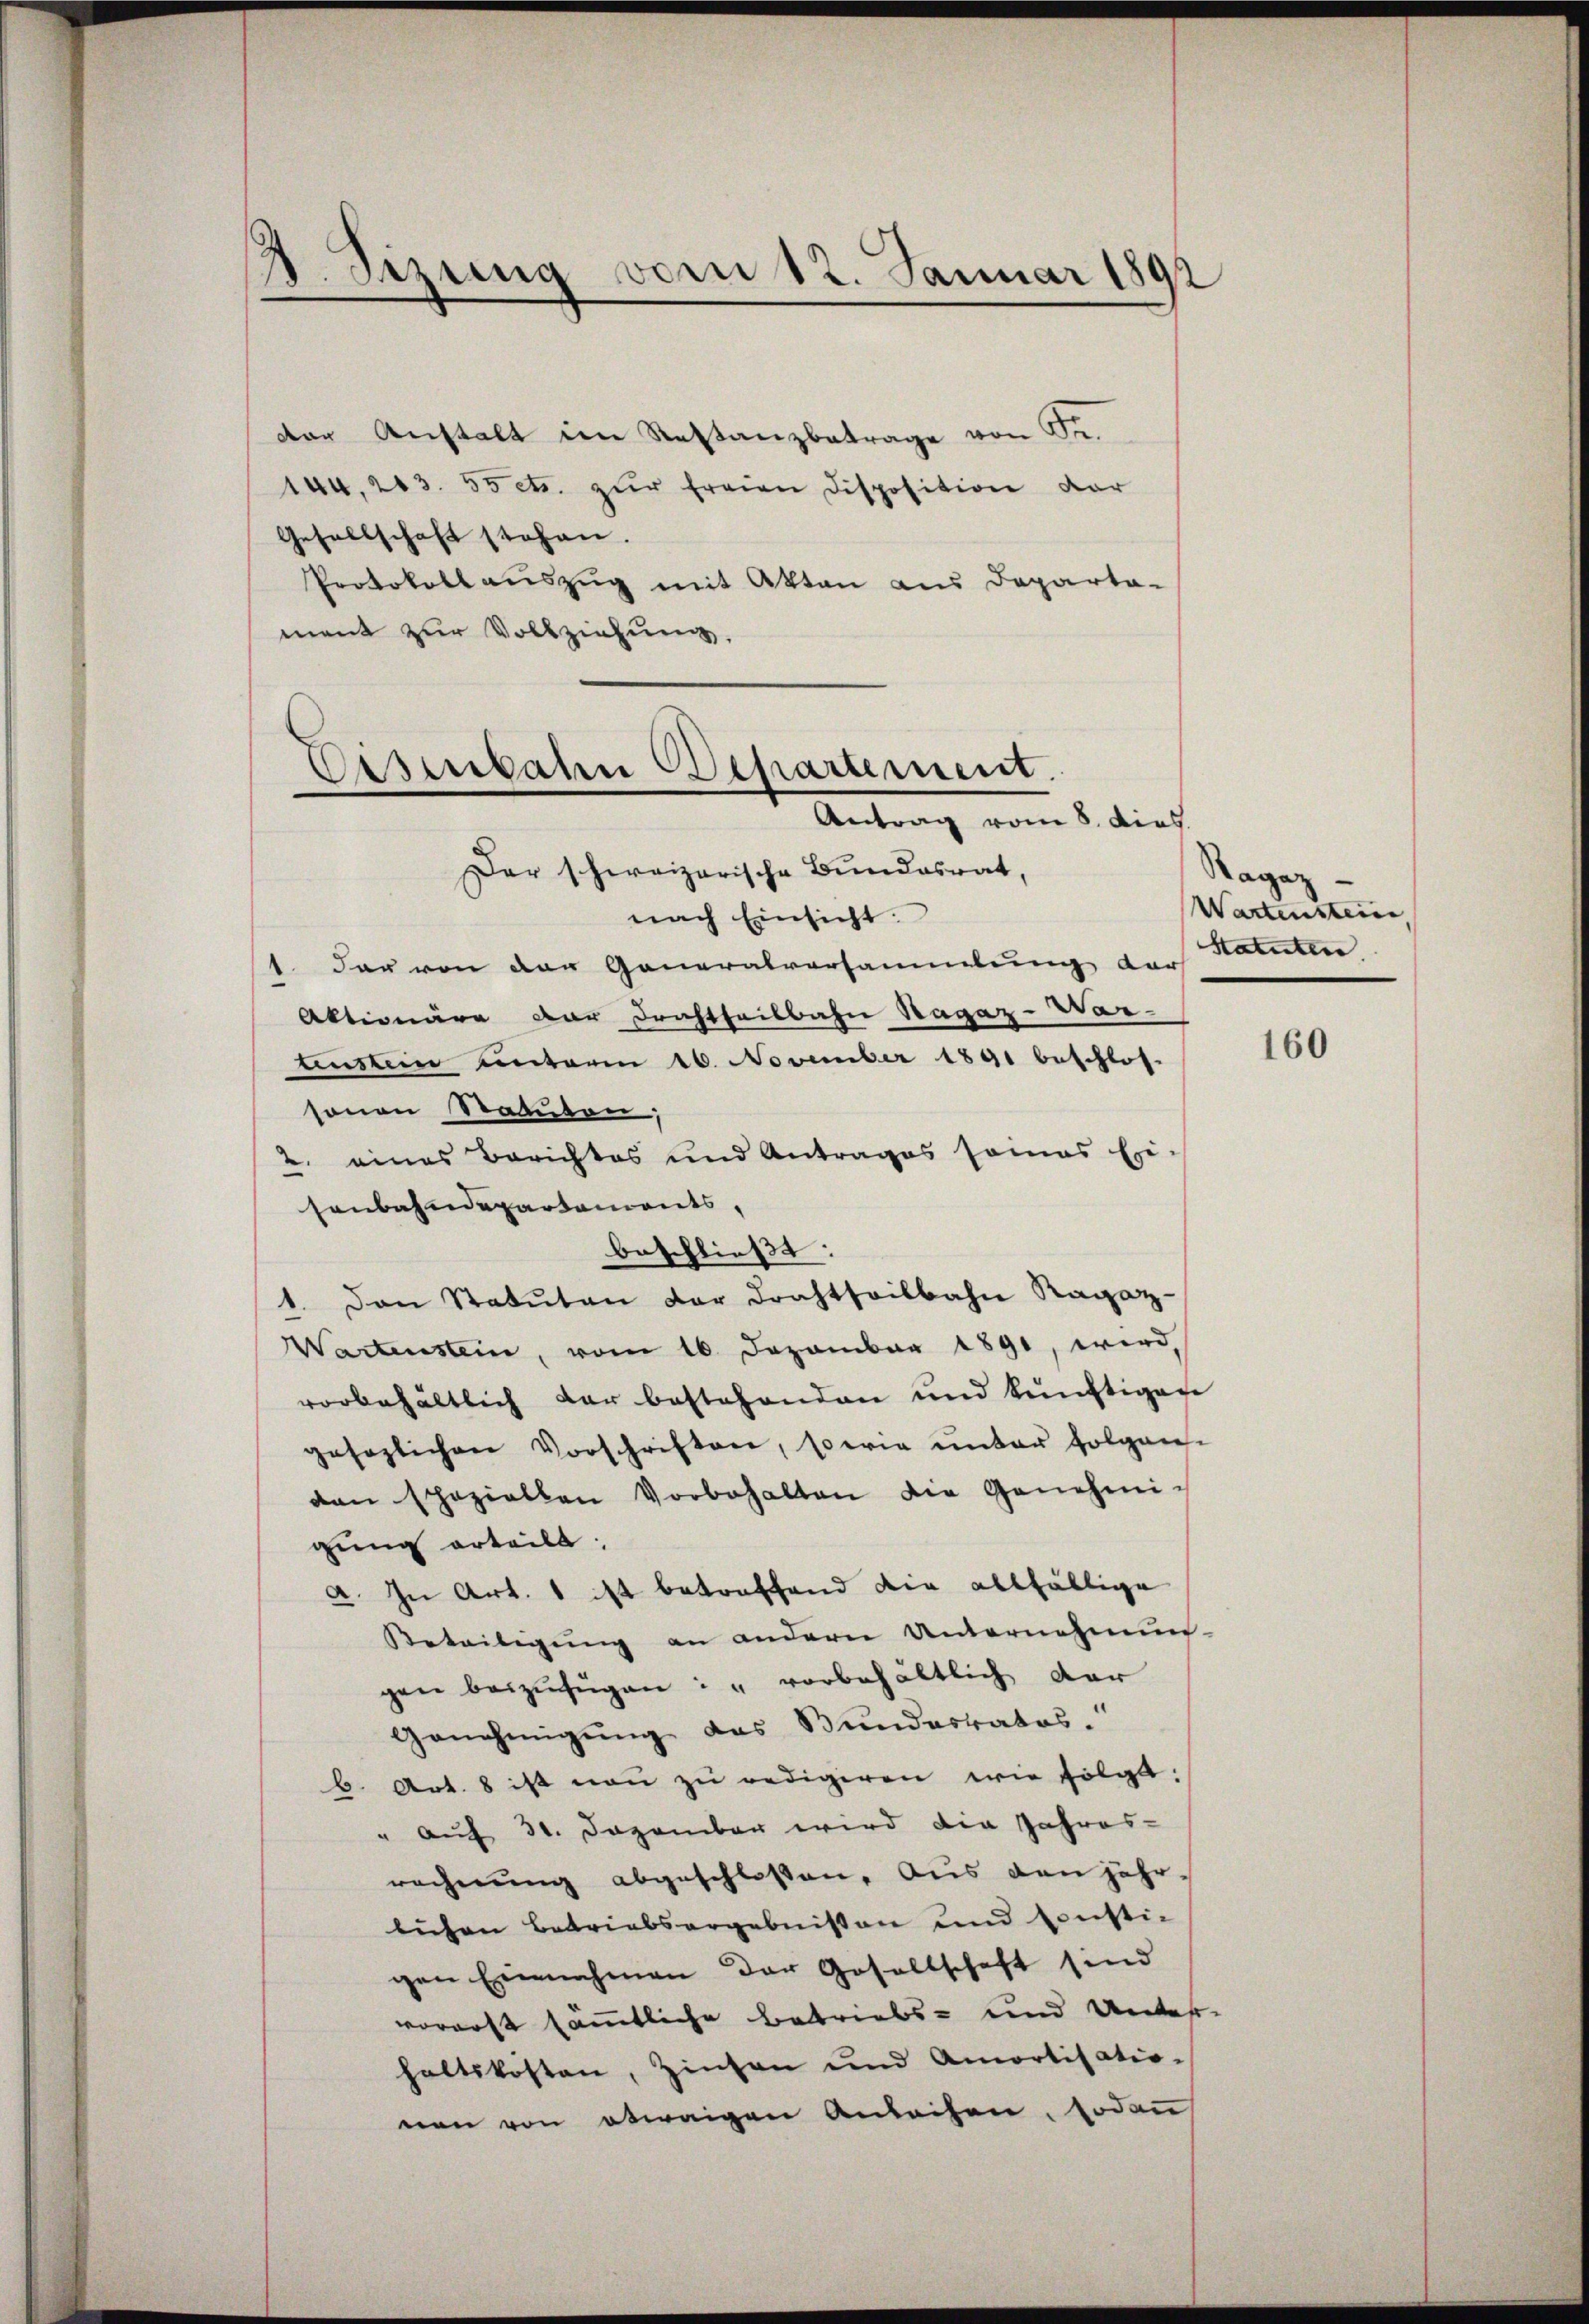
¬
v. Szung vom 12. Januar 1892

der Anstalt im Restanzbetrage von Sr.
144. 203. 55 etc. zur freien Disposition dar
Gesellschaft stehen.
Protokollauszug mit Akten aus Departa-
mant zur Vollziehung,

Osenbahn Departement.
Antrag vom 8. dies

Der schweizerische Bundesrat,
nach Einsicht.
1. dar von der Generalversammlung der Statuten
Aktionäre dar Drahtheilbahn Hagaz-War-
tenstein unterm 26. November 1891 beschlos-
sonen Statuten;
2. eines Berichtes und Antrages seines Er-
senbahndepartements,
beschließt:
1. Den Statuten dar Drahtteilbahn Ragaz-
Wartenstein, vom 16. Dezember 1891, wird,
vorbehältlich der bestehenden und künftigen
gesezlichen Vorschriften, sowie unter folgen-
dan schoziallen Vorbehalten die Genehmigung erteilt.
a. In Art. 1 ist betreffend die allfällige
Beteiligŭng an andern Unternehmun-
gen beizufügen: " vorbehältlich dar
Genehmigung des Bundesrates.
b. Art. 8 ist non zu redigiren wie folgt:
" auf 31. Dezember wird die Jahres-
rechnung abgeschlossen. Aus den jährlichen Betriebsorgebnissen und sonsti-
gen Einnahmen der Gesellschaft sind
vorerst sämmtliche Betriebs- und Unter-
haltskosten, Zinsen und Amortisatio-
nen von etwaigen Anleihen, sodan

Ragaz
Wartensteine

160